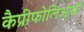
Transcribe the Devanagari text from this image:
कैप्रीफोलिआसी